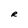
Character: R